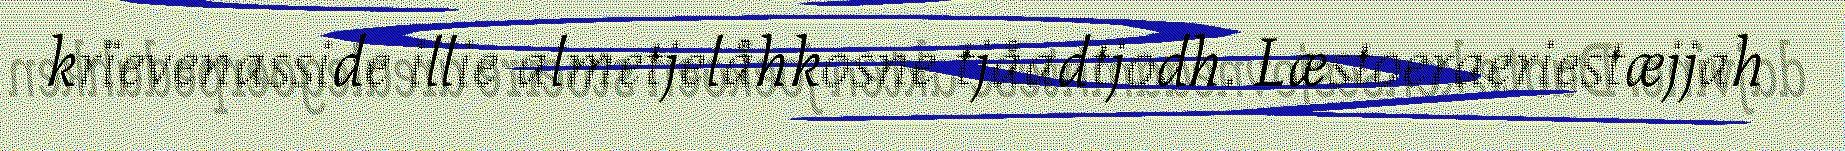
krïevenasside illie almetjelåhkosne tjåadtjodh. Læstoeraeriestæjjah